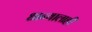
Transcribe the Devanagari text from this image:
धान्यालाही